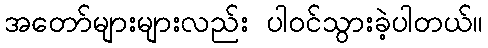
အတော်များများလည်း ပါဝင်သွားခဲ့ပါတယ်။